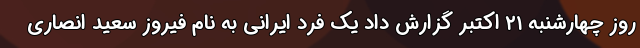
روز چهارشنبه ۲۱ اکتبر گزارش داد یک فرد ایرانی به نام فیروز سعید انصاری